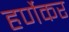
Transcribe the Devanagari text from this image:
हर्णेकर